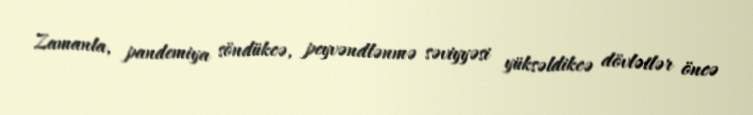
Zamanla, pandemiya söndükcə, peyvəndlənmə səviyyəsi yüksəldikcə dövlətlər öncə